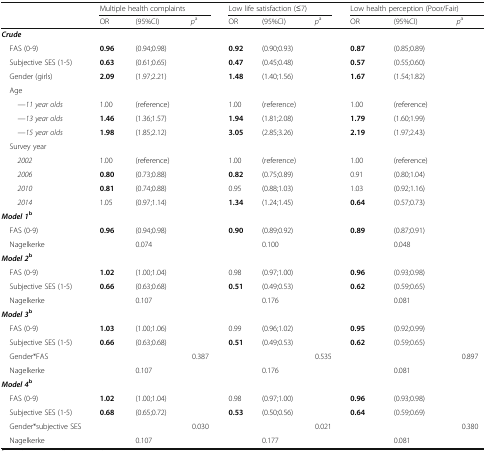
<table><thead><tr><td rowspan="2"></td><td colspan="3"><b>Multiple health complaints</b></td><td colspan="3"><b>Low life satisfaction (≤7)</b></td><td colspan="3"><b>Low health perception (Poor/Fair)</b></td></tr><tr><td><b>OR</b></td><td><b>(95%CI)</b></td><td><b><i>p</i><sup>a</sup></b></td><td><b>OR</b></td><td><b>(95%CI)</b></td><td><b><i>p</i><sup>a</sup></b></td><td><b>OR</b></td><td><b>(95%CI)</b></td><td><b><i>p</i><sup>a</sup></b></td></tr></thead><tbody><tr><td colspan="10"><b><i>Crude</i></b></td></tr><tr><td> FAS (0-9)</td><td><b>0.96</b></td><td>(0.94;0.98)</td><td></td><td><b>0.92</b></td><td>(0.90;0.93)</td><td></td><td><b>0.87</b></td><td>(0.85;0.89)</td><td></td></tr><tr><td> Subjective SES (1-5)</td><td><b>0.63</b></td><td>(0.61;0.65)</td><td></td><td><b>0.47</b></td><td>(0.45;0.48)</td><td></td><td><b>0.57</b></td><td>(0.55;0.60)</td><td></td></tr><tr><td> Gender (girls)</td><td><b>2.09</b></td><td>(1.97;2.21)</td><td></td><td><b>1.48</b></td><td>(1.40;1.56)</td><td></td><td><b>1.67</b></td><td>(1.54;1.82)</td><td></td></tr><tr><td colspan="10"> Age</td></tr><tr><td><i>—11 year olds</i></td><td>1.00</td><td>(reference)</td><td></td><td>1.00</td><td>(reference)</td><td></td><td>1.00</td><td>(reference)</td><td></td></tr><tr><td><i>—13 year olds</i></td><td><b>1.46</b></td><td>(1.36;1.57)</td><td></td><td><b>1.94</b></td><td>(1.81;2.08)</td><td></td><td><b>1.79</b></td><td>(1.60;1.99)</td><td></td></tr><tr><td><i>—15 year olds</i></td><td><b>1.98</b></td><td>(1.85;2.12)</td><td></td><td><b>3.05</b></td><td>(2.85;3.26)</td><td></td><td><b>2.19</b></td><td>(1.97;2.43)</td><td></td></tr><tr><td colspan="10"> Survey year</td></tr><tr><td><i>2002</i></td><td>1.00</td><td>(reference)</td><td></td><td>1.00</td><td>(reference)</td><td></td><td>1.00</td><td>(reference)</td><td></td></tr><tr><td><i>2006</i></td><td><b>0.80</b></td><td>(0.73;0.88)</td><td></td><td><b>0.82</b></td><td>(0.75;0.89)</td><td></td><td>0.91</td><td>(0.80;1.04)</td><td></td></tr><tr><td><i>2010</i></td><td><b>0.81</b></td><td>(0.74;0.88)</td><td></td><td>0.95</td><td>(0.88;1.03)</td><td></td><td>1.03</td><td>(0.92;1.16)</td><td></td></tr><tr><td><i>2014</i></td><td>1.05</td><td>(0.97;1.14)</td><td></td><td><b>1.34</b></td><td>(1.24;1.45)</td><td></td><td><b>0.64</b></td><td>(0.57;0.73)</td><td></td></tr><tr><td colspan="10"><b><i>Model 1</i></b><sup><b>b</b></sup></td></tr><tr><td> FAS (0-9)</td><td><b>0.96</b></td><td>(0.94;0.98)</td><td></td><td><b>0.90</b></td><td>(0.89;0.92)</td><td></td><td><b>0.89</b></td><td>(0.87;0.91)</td><td></td></tr><tr><td> Nagelkerke</td><td></td><td>0.074</td><td></td><td></td><td>0.100</td><td></td><td></td><td>0.048</td><td></td></tr><tr><td colspan="10"><b><i>Model 2</i></b><sup><b>b</b></sup></td></tr><tr><td> FAS (0-9)</td><td><b>1.02</b></td><td>(1.00;1.04)</td><td></td><td>0.98</td><td>(0.97;1.00)</td><td></td><td><b>0.96</b></td><td>(0.93;0.98)</td><td></td></tr><tr><td> Subjective SES (1-5)</td><td><b>0.66</b></td><td>(0.63;0.68)</td><td></td><td><b>0.51</b></td><td>(0.49;0.53)</td><td></td><td><b>0.62</b></td><td>(0.59;0.65)</td><td></td></tr><tr><td> Nagelkerke</td><td></td><td>0.107</td><td></td><td></td><td>0.176</td><td></td><td></td><td>0.081</td><td></td></tr><tr><td colspan="10"><b><i>Model 3</i></b><sup><b>b</b></sup></td></tr><tr><td> FAS (0-9)</td><td><b>1.03</b></td><td>(1.00;1.06)</td><td></td><td>0.99</td><td>(0.96;1.02)</td><td></td><td><b>0.95</b></td><td>(0.92;0.99)</td><td></td></tr><tr><td> Subjective SES (1-5)</td><td><b>0.66</b></td><td>(0.63;0.68)</td><td></td><td><b>0.51</b></td><td>(0.49;0.53)</td><td></td><td><b>0.62</b></td><td>(0.59;0.65)</td><td></td></tr><tr><td> Gender*FAS</td><td></td><td></td><td>0.387</td><td></td><td></td><td>0.535</td><td></td><td></td><td>0.897</td></tr><tr><td> Nagelkerke</td><td></td><td>0.107</td><td></td><td></td><td>0.176</td><td></td><td></td><td>0.081</td><td></td></tr><tr><td colspan="10"><b><i>Model 4</i></b><sup><b>b</b></sup></td></tr><tr><td> FAS (0-9)</td><td><b>1.02</b></td><td>(1.00;1.04)</td><td></td><td>0.98</td><td>(0.97;1.00)</td><td></td><td><b>0.96</b></td><td>(0.93;0.98)</td><td></td></tr><tr><td> Subjective SES (1-5)</td><td><b>0.68</b></td><td>(0.65;0.72)</td><td></td><td><b>0.53</b></td><td>(0.50;0.56)</td><td></td><td><b>0.64</b></td><td>(0.59;0.69)</td><td></td></tr><tr><td> Gender*subjective SES</td><td></td><td></td><td>0.030</td><td></td><td></td><td>0.021</td><td></td><td></td><td>0.380</td></tr><tr><td> Nagelkerke</td><td></td><td>0.107</td><td></td><td></td><td>0.177</td><td></td><td></td><td>0.081</td><td></td></tr></tbody></table>